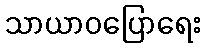
သာယာဝပြောရေး